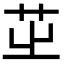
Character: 𦭩